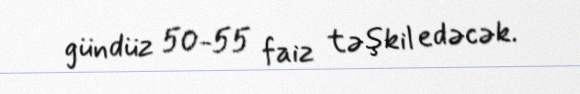
gündüz 50-55 faiz təşkil edəcək.